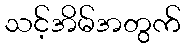
သင့်အိမ်အတွက်